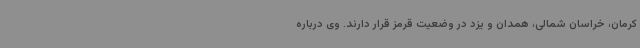
کرمان، خراسان شمالی، همدان و یزد در وضعیت قرمز قرار دارند. وی درباره